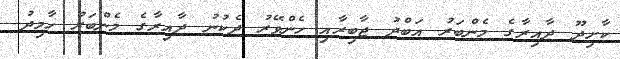
ކާށިދޫ ދާއިރާގެ މެންބަރު އަބްދު ޖާބިރާއި ހެންވޭރު ދެކުނު ދާއިރާގެ މެންބަރު ހާމިދު